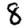
Digit: 8